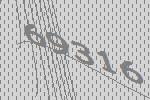
69316